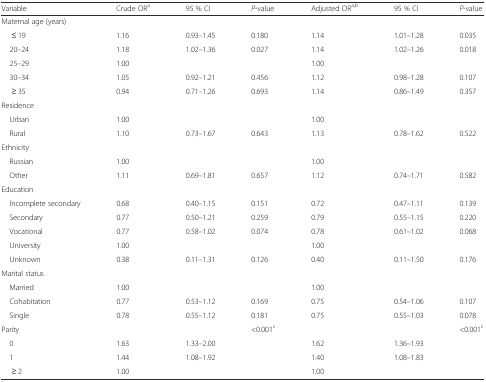
<table><thead><tr><td><b>Variable</b></td><td><b>Crude OR<sup>a</sup></b></td><td><b>95 % CI</b></td><td><b><i>P</i>-value</b></td><td><b>Adjusted OR<sup>a,b</sup></b></td><td><b>95 % CI</b></td><td><b><i>P</i>-value</b></td></tr></thead><tbody><tr><td>Maternal age (years)</td><td></td><td></td><td></td><td></td><td></td><td></td></tr><tr><td>≤ 19</td><td>1.16</td><td>0.93–1.45</td><td>0.180</td><td>1.14</td><td>1.01–1.28</td><td>0.035</td></tr><tr><td> 20–24</td><td>1.18</td><td>1.02–1.36</td><td>0.027</td><td>1.14</td><td>1.02–1.26</td><td>0.018</td></tr><tr><td> 25–29</td><td>1.00</td><td></td><td></td><td>1.00</td><td></td><td></td></tr><tr><td> 30–34</td><td>1.05</td><td>0.92–1.21</td><td>0.456</td><td>1.12</td><td>0.98–1.28</td><td>0.107</td></tr><tr><td>≥ 35</td><td>0.94</td><td>0.71–1.26</td><td>0.693</td><td>1.14</td><td>0.86–1.49</td><td>0.357</td></tr><tr><td>Residence</td><td></td><td></td><td></td><td></td><td></td><td></td></tr><tr><td> Urban</td><td>1.00</td><td></td><td></td><td>1.00</td><td></td><td></td></tr><tr><td> Rural</td><td>1.10</td><td>0.73–1.67</td><td>0.643</td><td>1.13</td><td>0.78–1.62</td><td>0.522</td></tr><tr><td>Ethnicity</td><td></td><td></td><td></td><td></td><td></td><td></td></tr><tr><td> Russian</td><td>1.00</td><td></td><td></td><td>1.00</td><td></td><td></td></tr><tr><td> Other</td><td>1.11</td><td>0.69–1.81</td><td>0.657</td><td>1.12</td><td>0.74–1.71</td><td>0.582</td></tr><tr><td>Education</td><td></td><td></td><td></td><td></td><td></td><td></td></tr><tr><td> Incomplete secondary</td><td>0.68</td><td>0.40–1.15</td><td>0.151</td><td>0.72</td><td>0.47–1.11</td><td>0.139</td></tr><tr><td> Secondary</td><td>0.77</td><td>0.50–1.21</td><td>0.259</td><td>0.79</td><td>0.55–1.15</td><td>0.220</td></tr><tr><td> Vocational</td><td>0.77</td><td>0.58–1.02</td><td>0.074</td><td>0.78</td><td>0.61–1.02</td><td>0.068</td></tr><tr><td> University</td><td>1.00</td><td></td><td></td><td>1.00</td><td></td><td></td></tr><tr><td> Unknown</td><td>0.38</td><td>0.11–1.31</td><td>0.126</td><td>0.40</td><td>0.11–1.50</td><td>0.176</td></tr><tr><td>Marital status</td><td></td><td></td><td></td><td></td><td></td><td></td></tr><tr><td> Married</td><td>1.00</td><td></td><td></td><td>1.00</td><td></td><td></td></tr><tr><td> Cohabitation</td><td>0.77</td><td>0.53–1.12</td><td>0.169</td><td>0.75</td><td>0.54–1.06</td><td>0.107</td></tr><tr><td> Single</td><td>0.78</td><td>0.55–1.12</td><td>0.181</td><td>0.75</td><td>0.55–1.03</td><td>0.078</td></tr><tr><td>Parity</td><td></td><td></td><td>&lt;0.001<sup>c</sup></td><td></td><td></td><td>&lt;0.001<sup>c</sup></td></tr><tr><td> 0</td><td>1.63</td><td>1.33–2.00</td><td></td><td>1.62</td><td>1.36–1.93</td><td></td></tr><tr><td> 1</td><td>1.44</td><td>1.08–1.92</td><td></td><td>1.40</td><td>1.08–1.83</td><td></td></tr><tr><td>≥ 2</td><td>1.00</td><td></td><td></td><td>1.00</td><td></td><td></td></tr></tbody></table>